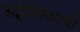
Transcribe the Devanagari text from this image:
उद्घोषकाची